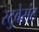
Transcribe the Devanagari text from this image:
स्टुवेसंट